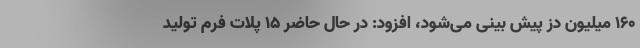
۱۶۰ میلیون دُز پیش بینی می‌شود، افزود: در حال حاضر ۱۵ پلات فرم تولید